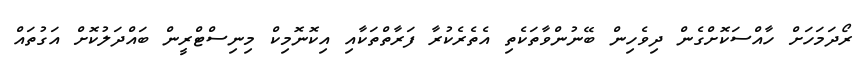
ރޯދަމަހަށް ހާއްސަކޮށްގެން ދިވެހިން ބޭނުންވާތަކެތި އެތެރެކުރާ ފަރާތްތަކާއި އިކޮނޮމިކް މިނިސްޓްރީން ބައްދަލުކޮށް އަގުތައް